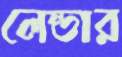
লেন্ডার